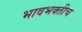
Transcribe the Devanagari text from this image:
भावभक्तीच